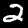
Label: 2